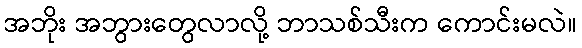
အဘိုး အဘွားတွေလာလို့ ဘာသစ်သီးက ကောင်းမလဲ။